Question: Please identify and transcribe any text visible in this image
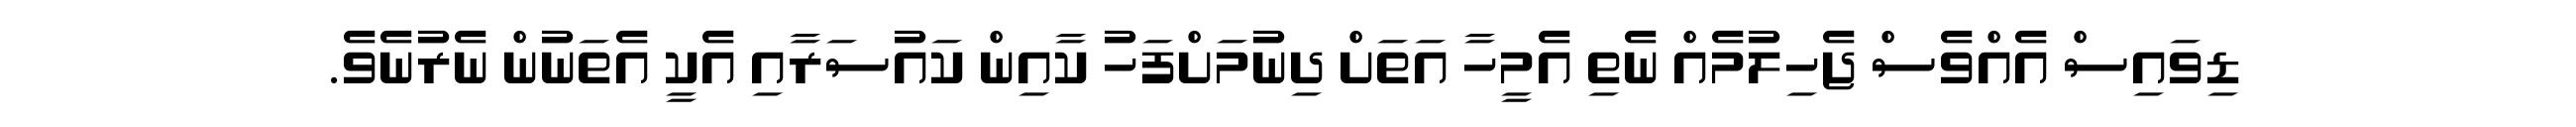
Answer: ޑިވައިސް އެއްވެސް ޖެހިލުމެއް ނެތި އެމީހާ އަތަށް ދިނުމަށްފަހު ކާއިން ކައުސަރާއި އެކީ އެތަނުން ނެރުނެވެ.